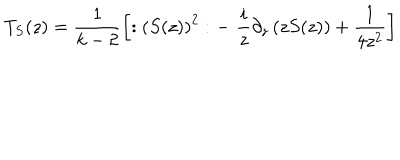
T _ { S } ( z ) = \frac 1 { k - 2 } \left[ : \left( S ( z ) \right) ^ { 2 } : - \, \, \frac i z \partial _ { z } \left( z S ( z ) \right) + \frac 1 { 4 z ^ { 2 } } \right]